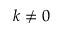
k \ne 0